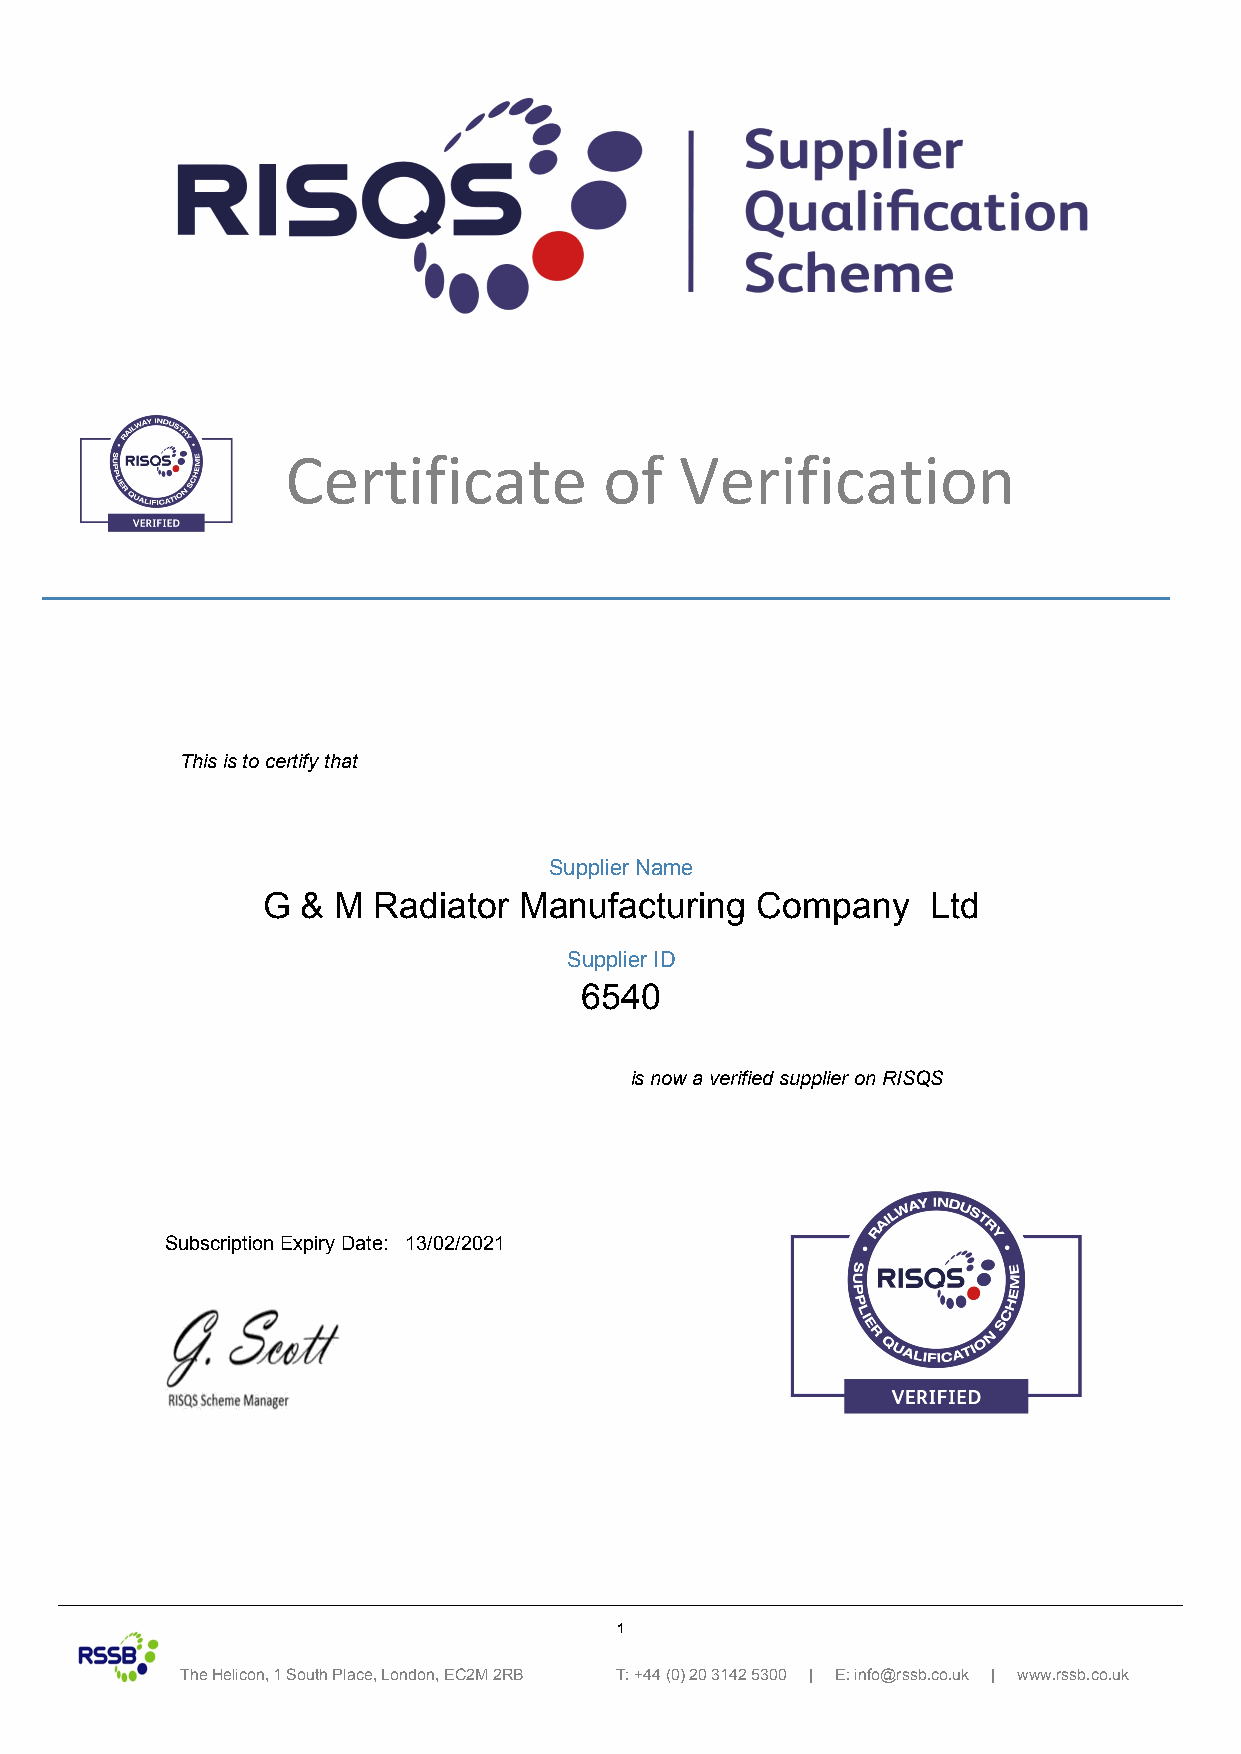
Certificate          of   Verification
 This is to certify that
 Supplier Name
 G  & M  Radiator Manufacturing   Company     Ltd
 Supplier ID
 6540
 is now a verified supplier on RISQS
 Subscription Expiry Date: 13/02/2021
 1
 The Helicon, 1 South Place, London, EC2M 2RB T: +44 (0) 20 3142 5300 | E: info@rssb.co.uk | www.rssb.co.uk